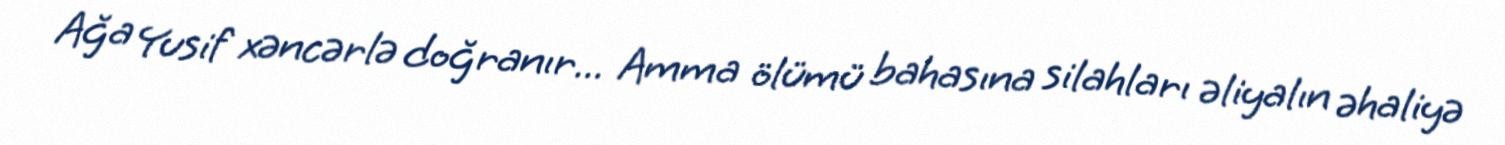
Ağa Yusif xəncərlə doğranır... Amma ölümü bahasına silahları əliyalın əhaliyə